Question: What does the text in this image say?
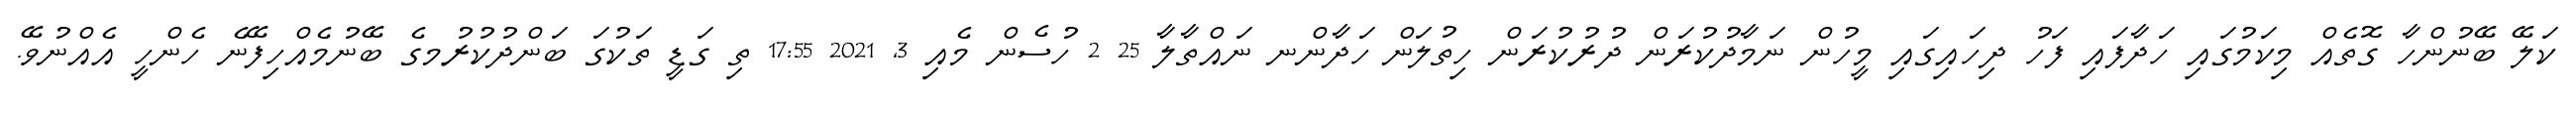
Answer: ކަލޭ ބޭނުންހާ ގޮތެއް މިކަމުގައި ހަދާފައި ފަހު ދިހައިގައި މީހުން ނަމާދުކުރަން ދުރުކުރަން ހިތުލަން ހަދާންނ ނައްތާލާ 25 2 ހުސެން މެއި 3, 2021 17:55 ތި ގަޑީ ތަކުގަ ބަންދުކުރުމގެ ބޭނުމެއްހިފޭނެ ހެންހީ އެއްނުވޭ.